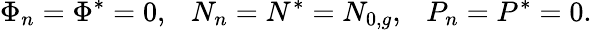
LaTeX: \Phi_{n}=\Phi^{*}=0,\ \ \ N_{n}=N^{*}=N_{0,g},\ \ \ P_{n}=P^{*}=0.